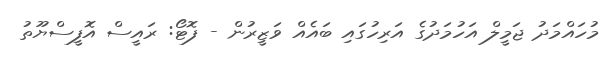
މުހައްމަދު ޖަމީލް އަހުމަދުގެ އަރިހުގައި ބައެއް ވަޒީރުން - ފޮޓޯ: ރައީސް އޮފީސްޔޫތު